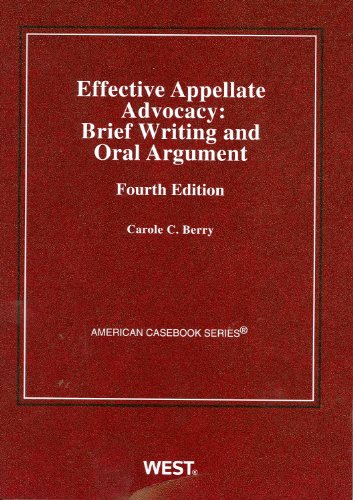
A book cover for Effective Appellate Advocacy: Brief Writing and Oral Argument, 4th (American Casebook Series); Carole Berry; Law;